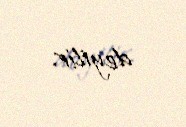
deyilir.